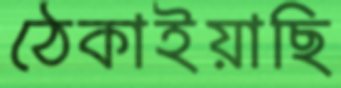
ঠেকাইয়াছি